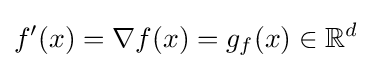
f'(x)=\nabla f(x)=g_{f}(x)\in \mathbb {R} ^{d}